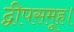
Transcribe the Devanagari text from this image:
द्वीपसमूह।